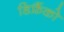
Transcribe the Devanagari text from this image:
डिफ्रैंको